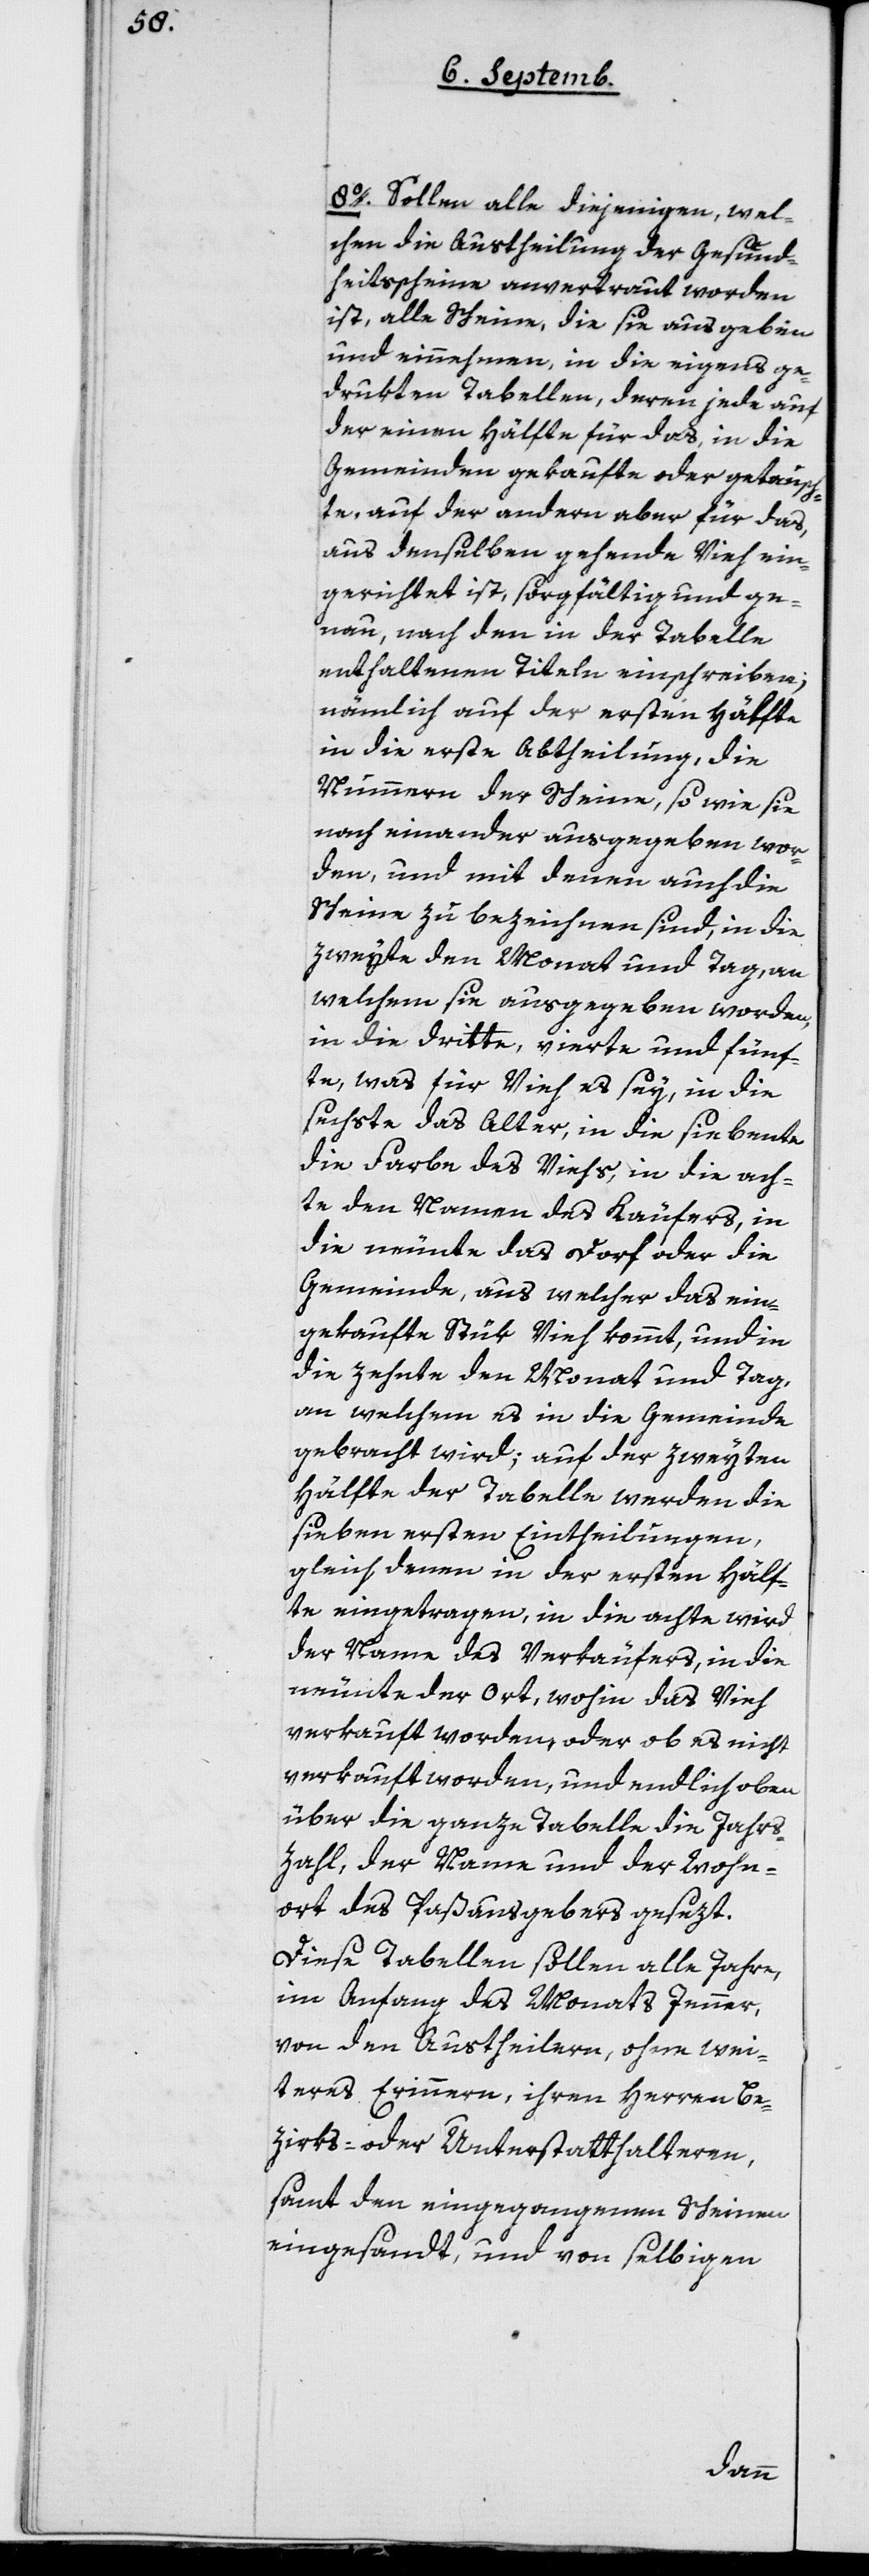
8o Sollen alle diejenigen, wel¬
chen die Austheilung der Gesund¬
heitsscheine anvertraut worden
ist, alle Scheine, die sie ausgeben
und einnehmen, in die eigens ge¬
drukten Tabellen, deren jede auf
der einen Hälfte für das, in die
Gemeinden gekaufte oder getausch¬
te, auf der andern aber für das
aus denselben gehende Vieh ein¬
gerichtet ist, sorgfältig und ge¬
nau, nach den in der Tabelle
enthaltenen Titeln einschreiben;
nämlich auf der ersten Hälfte
in die erste Abtheilung die
Nummern der Scheine, so wie sie
nach einander ausgegeben wor¬
den, und mit denen auch die
Scheine zu bezeichnen sind; in die
zweyte den Monat und Tag, an
welchem sie ausgegeben worden,
in die dritte, vierte und fünf¬
te, was für Vieh es sey, in die
sechste das Alter, in die siebente
die Farbe des Viehs, in die ach¬
te den Namen des Käufers, in
die neunte das Dorf oder die
Gemeinde, aus welcher das ein¬
gekaufte Stük Vieh kommt, und in
die zehnte den Monat und Tag,
an welchem es in die Gemeinde
gebracht wird; auf der zweyten
Hälfte der Tabelle werden die
sieben ersten Eintheilungen,
gleich denen in der ersten Hälf¬
te eingetragen, in die achte wird
der Name des Verkäufers, in die
neunte der Ort, wohin das Vieh
verkauft worden, oder ob es nicht
verkauft worden, und endlich oben
über die ganze Tabelle die Jahrs¬
zahl, der Name und der Wohn¬
ort des Paßausgebers gesezt.
Diese Tabellen sollen alle Jahre,
im Anfang des Monats Jenner,
von den Austheilern, ohne wei¬
teres Erinnern, ihren Herren Be¬
zirks- oder Unterstatthalteren,
samt den eingegangenen Scheinen
eingesandt, und von selbigen